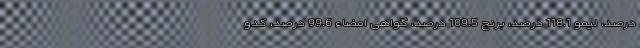
درصد، لیمو 118.1 درصد، برنج 109.5 درصد،‌ گواهی امضاء 99.6 درصد، کدو